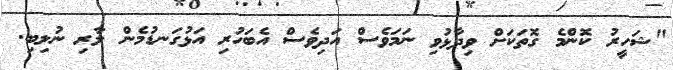
"ޝަހީރު ކޮންމެ ގޮތަކަށް ވިދާޅުވި ނަމަވެސް އަދިވެސް އެބަހުރި އަޅުގަނޑުމެން ލާރި ނުލިބި.